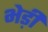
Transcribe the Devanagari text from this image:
भेड़ी